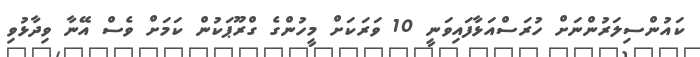
ކައުންސިލަރުންނަށް ހުރަސްއަޅާފައިވަނީ 10 ވަރަކަށް މީހުންގެ ގްރޫޕަކުން ކަމަށް ވެސް އޭނާ ވިދާޅުވި